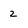
Character: 2